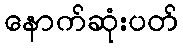
နောက်ဆုံးပတ်